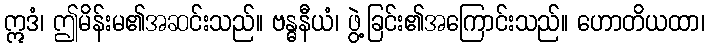
ဣဒံ၊ ဤမိန်းမ၏အဆင်းသည်။ ဗန္ဓနီယံ၊ ဖွဲ့ခြင်း၏အကြောင်းသည်။ ဟောတိယထာ၊